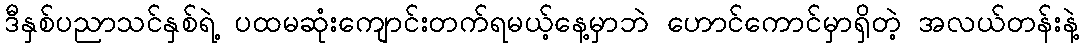
ဒီနှစ်ပညာသင်နှစ်ရဲ့ ပထမဆုံးကျောင်းတက်ရမယ့်နေ့မှာဘဲ ဟောင်ကောင်မှာရှိတဲ့ အလယ်တန်းနဲ့